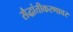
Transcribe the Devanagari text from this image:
सैद्धांतीकरणावर